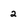
Character: 2